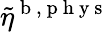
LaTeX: \tilde{\eta}^{\mathrm{~b~},\mathrm{~p~h~y~s~}}